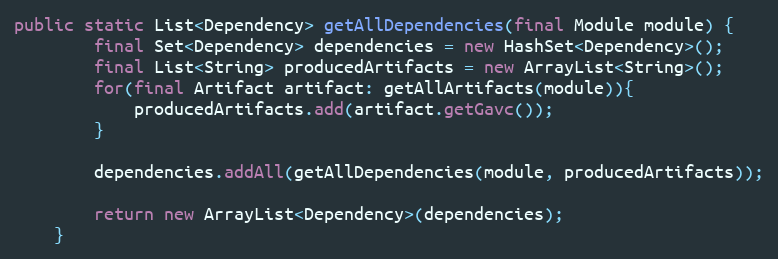
Language: Java
public static List<Dependency> getAllDependencies(final Module module) {
        final Set<Dependency> dependencies = new HashSet<Dependency>();
        final List<String> producedArtifacts = new ArrayList<String>();
        for(final Artifact artifact: getAllArtifacts(module)){
            producedArtifacts.add(artifact.getGavc());
        }

        dependencies.addAll(getAllDependencies(module, producedArtifacts));

        return new ArrayList<Dependency>(dependencies);
    }